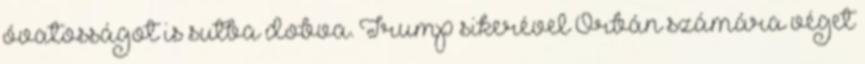
óvatosságot is sutba dobva. Trump sikerével Orbán számára véget